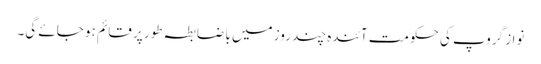
نواز گروپ کی حکومت آئندہ چند روز میں با ضابطہ طور پر قائم ہو جائے گی۔